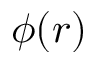
\phi ( r )